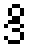
ဒိ